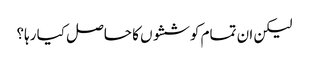
لیکن ان تمام کوششوں کا حاصل کیا رہا؟